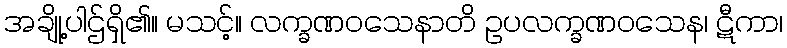
အချို့ပါဌ်ရှိ၏။ မသင့်။ လက္ခဏဝသေနာတိ ဥပလက္ခဏဝသေန၊ ဋီကာ၊